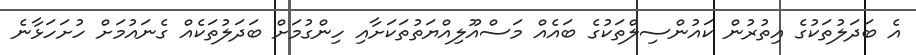
އެ ބަދަލުތަކުގެ އިތުރުން ކައުންސިލްތަކުގެ ބައެއް މަސްއޫލިއްޔަތުތަކަށާއި ހިންގުމަށް ބަދަލުތަކެއް ގެނައުމަށް ހުށަހަޅާނެ